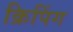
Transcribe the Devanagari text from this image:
क्रिपिंग